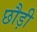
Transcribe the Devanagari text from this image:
छौड़ी